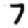
Digit: 7